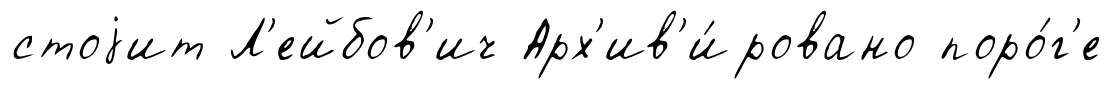
стоjит Л'ейбов'ич Арх'ив'и́ровано поро́г'е